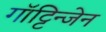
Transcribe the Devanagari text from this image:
गॉट्टिन्जेन